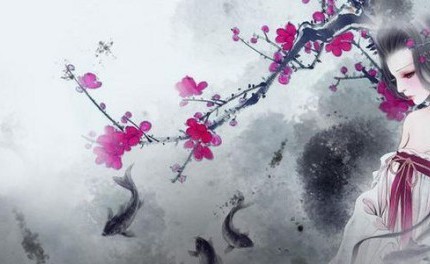
弱柳青槐拂地垂，佳气红尘暗天起。